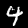
Label: 4